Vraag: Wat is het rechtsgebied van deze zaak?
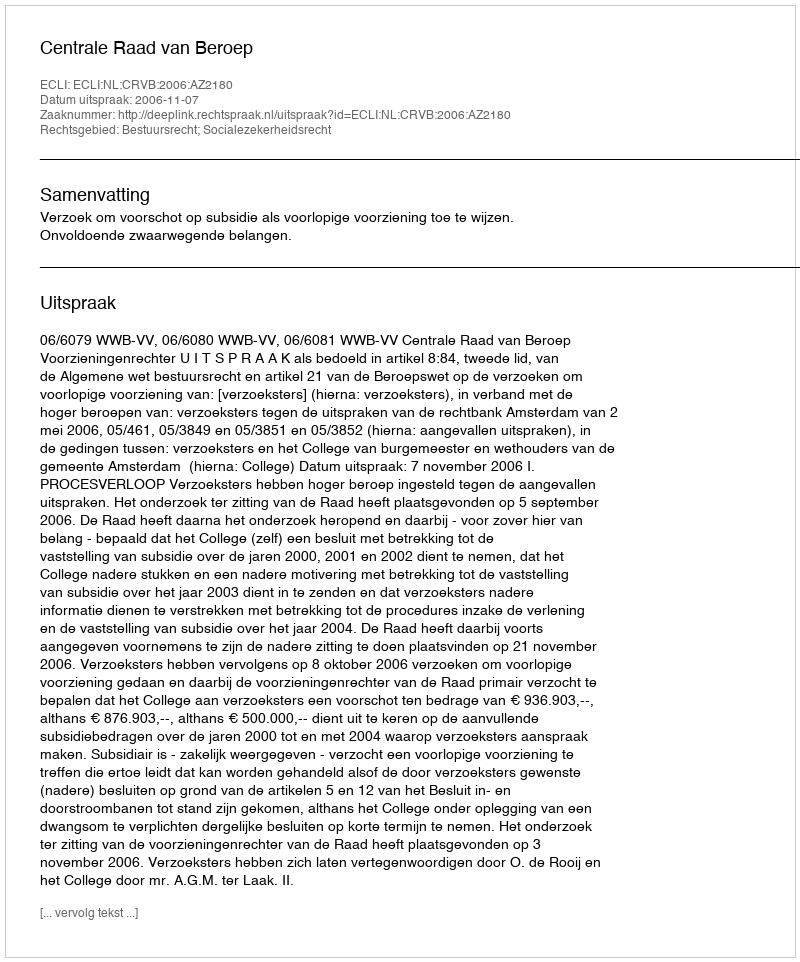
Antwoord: Bestuursrecht; Socialezekerheidsrecht